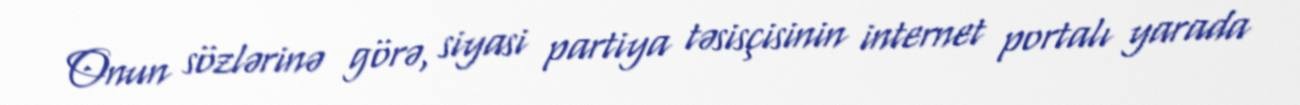
Onun sözlərinə görə, siyasi partiya təsisçisinin internet portalı yarada